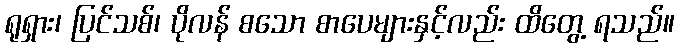
ရုရှား၊ ပြင်သစ်၊ ပိုလန် စသော စာပေများနှင့်လည်း ထိတွေ့ ရသည်။